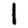
Digit: 1